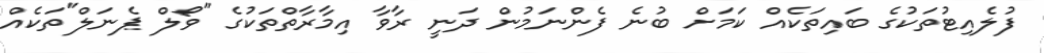
ފުލެއިޓުތަކުގެ ބައިތަކެއް ކަމަށް ބުނެ ފެންނަމުން ދަނީ ރާވާ އިމާރާތްތަކުގެ "ވޯލް ޕެނަލް"ތަކެއް